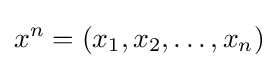
x^{n}=(x_{1},x_{2},\ldots ,x_{n})